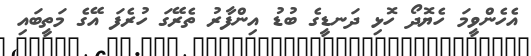
އެހެންވީމަަ ހެޔޮދޯ ހޮޅި ދަނޑީގެ ބުޑު އިންފާރު ތެރޭގަ ހުރެފަ އޭގެ މަތީބައި